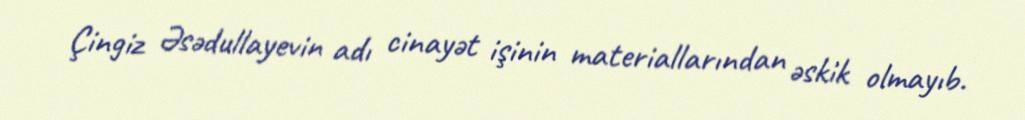
Çingiz Əsədullayevin adı cinayət işinin materiallarından əskik olmayıb.